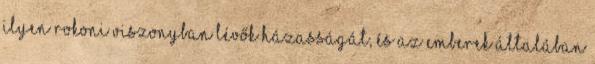
ilyen rokoni viszonyban lévők házasságát, és az emberek általában